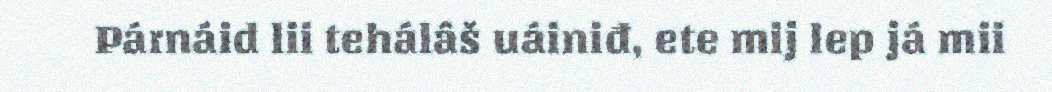
Párnáid lii tehálâš uáiniđ, ete mij lep já mii